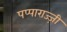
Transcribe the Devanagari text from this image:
पप्पाराज्ज़ी